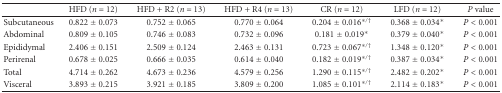
<table><thead><tr><td></td><td><b>HFD (<i>n </i>= 12)</b></td><td><b>HFD + R2 (<i>n </i>= 13)</b></td><td><b>HFD + R4 (<i>n </i>= 13)</b></td><td><b>CR (<i>n</i> = 12)</b></td><td><b>LFD (<i>n</i> = 12)</b></td><td><b><i>P</i> value</b></td></tr></thead><tbody><tr><td>Subcutaneous</td><td>0.822 ± 0.073</td><td>0.752 ± 0.065</td><td>0.770 ± 0.064</td><td>0.204 ± 0.016<sup>∗/†</sup></td><td>0.368 ± 0.034*</td><td><i>P</i> &lt; 0.001</td></tr><tr><td>Abdominal</td><td>0.809 ± 0.105</td><td>0.746 ± 0.083</td><td>0.732 ± 0.096</td><td>0.181 ± 0.019*</td><td>0.379 ± 0.040*</td><td><i>P</i> &lt; 0.001</td></tr><tr><td>Epididymal</td><td>2.406 ± 0.151</td><td>2.509 ± 0.124</td><td>2.463 ± 0.131</td><td>0.723 ± 0.067<sup>∗/†</sup></td><td>1.348 ± 0.120*</td><td><i>P</i> &lt; 0.001</td></tr><tr><td>Perirenal</td><td>0.678 ± 0.025</td><td>0.666 ± 0.035</td><td>0.614 ± 0.040</td><td>0.182 ± 0.019<sup>∗/†</sup></td><td>0.387 ± 0.034*</td><td><i>P</i> &lt; 0.001</td></tr><tr><td>Total</td><td>4.714 ± 0.262</td><td>4.673 ± 0.236</td><td>4.579 ± 0.256</td><td>1.290 ± 0.115<sup>∗/†</sup></td><td>2.482 ± 0.202*</td><td><i>P</i> &lt; 0.001</td></tr><tr><td>Visceral</td><td>3.893 ± 0.215</td><td>3.921 ± 0.185</td><td>3.809 ± 0.200</td><td>1.085 ± 0.101<sup>∗/†</sup></td><td>2.114 ± 0.183*</td><td><i>P</i> &lt; 0.001</td></tr></tbody></table>